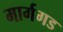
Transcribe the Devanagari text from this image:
मार्गगड